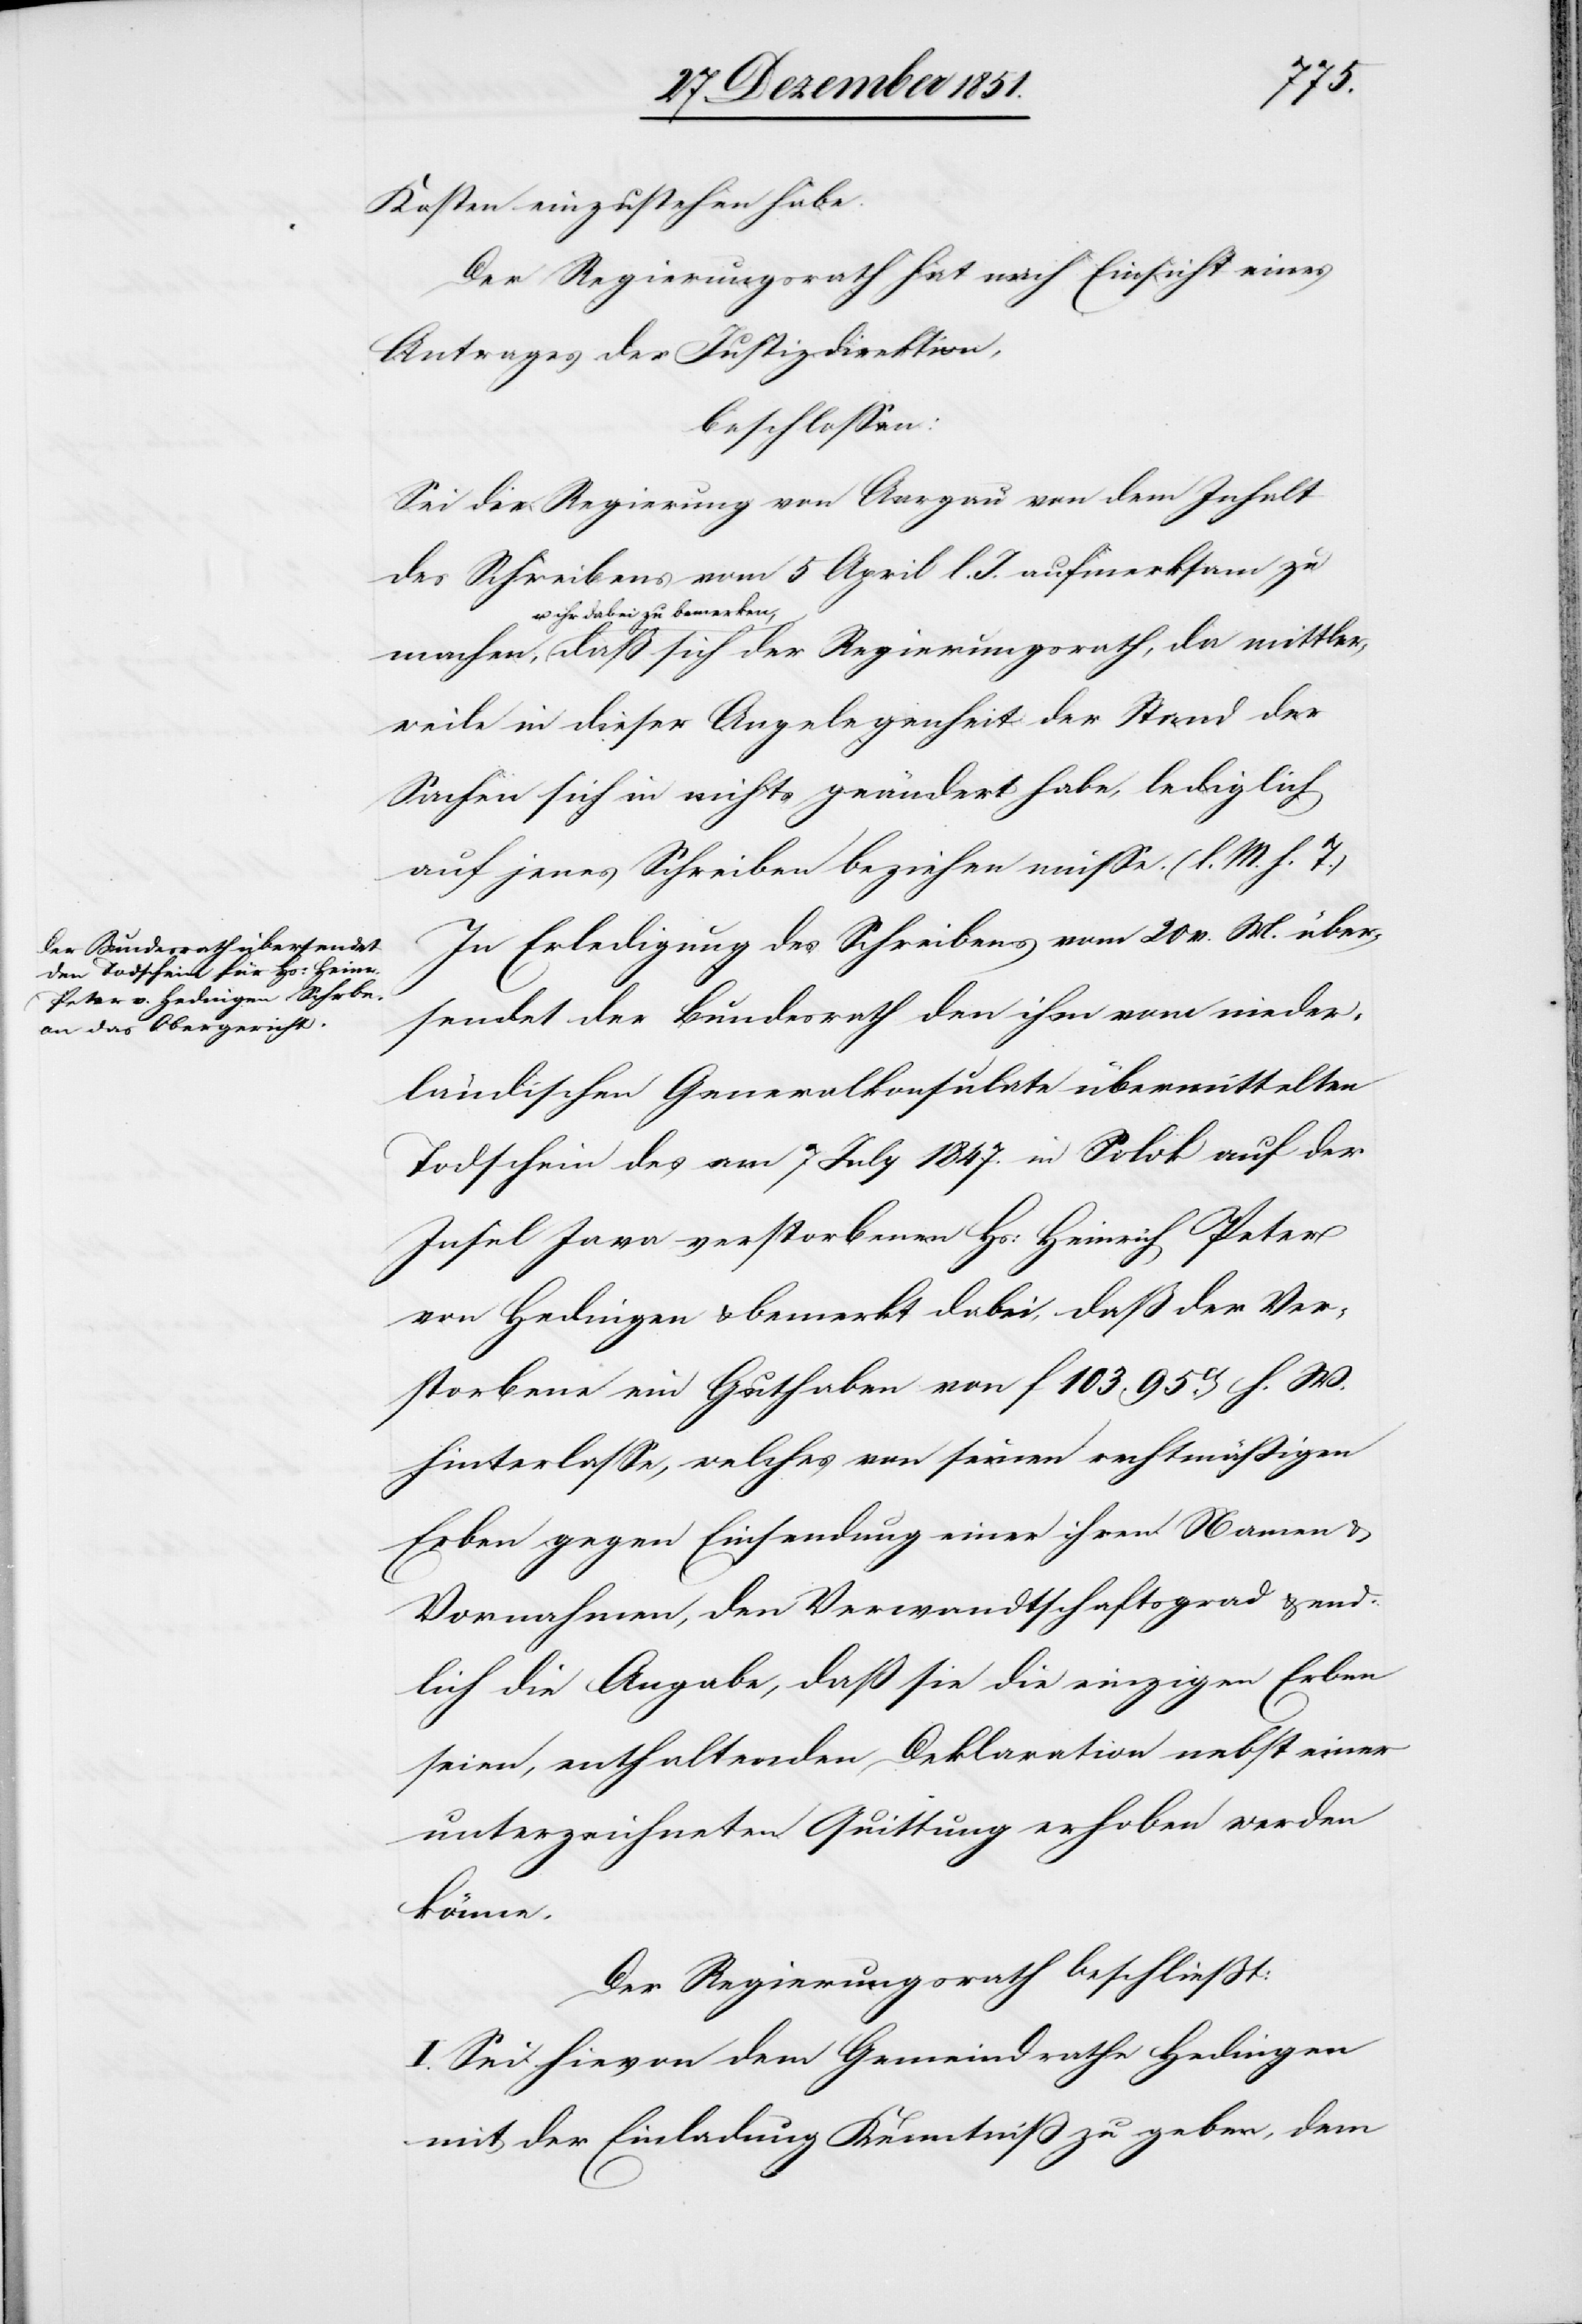
mittle¬
Kosten einzustehen habe.
Der Regierungsrath hat nach Einsicht eines
Antrages der Justizdirektion,
beschlossen:
Sei die Regierung von Aargau von dem Inhalt
des Schreibens vom 5 April l. J. aufmerksam zu
u. ihr dabei zu bemerken,
rweile in dieser Angelegenheit der Stand der
Sachen sich in nichts geändert habe, lediglich
auf jenes Schreiben beziehen müsse. (l. M. h. T.)
In Erledigung des Schreibens vom 20 v. M. über¬
sendet der Bundesrath den ihm vom nieder¬
ländischen Generalkonsulate übermittelten
Todschein des am 7 July 1847. in Solok auf der
Insel Java verstorbenen Hs: Heinrich Peter
von Hedingen & bemerkt dabei, daß der Ver¬
storbene ein Guthaben von f 103. 95ct. h. W.
hinterlasse, welches von seinen rechtmäßigen
Erben gegen Einsendung einer ihrem Namen &
Vornahmen, den Verwandtschaftsgrad & end¬
lich die Angabe, daß sie die einzigen Erben
seien, enthaltenden Deklaration nebst einer
unterzeichneten Quittung erhoben werden
könne.
Der Regierungsrath beschließt:
I. Sei hievon dem Gemeindrathe Hedingen
mit der Einladung Kenntniß zu geben, dem